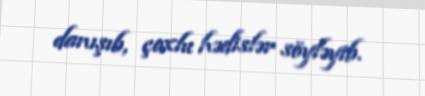
danışıb, çoxlu hədislər söyləyib.